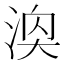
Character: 𪶓